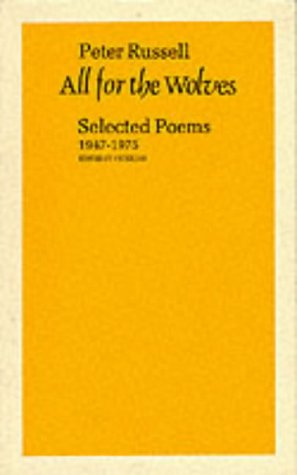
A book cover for Sudan (Arab World Map Library); Gp Sud; Travel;